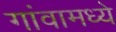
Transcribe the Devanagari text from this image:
गांवामध्ये